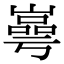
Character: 㠋